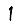
Digit: 1